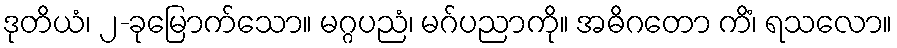
ဒုတိယံ၊ ၂-ခုမြောက်သော။ မဂ္ဂပညံ၊ မဂ်ပညာကို။ အဓိဂတော ကိံ၊ ရသလော။